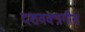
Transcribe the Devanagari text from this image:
दशवक्त्रगीतं